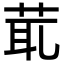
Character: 𦯍